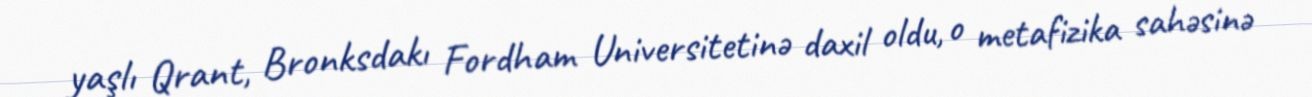
yaşlı Qrant, Bronksdakı Fordham Universitetinə daxil oldu, o metafizika sahəsinə